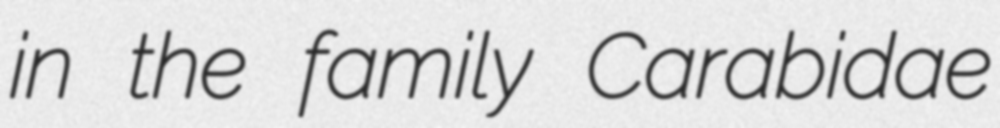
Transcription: in the family Carabidae